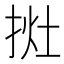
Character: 𢭭